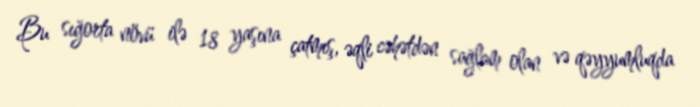
Bu sığorta növü ilə 18 yaşına çatmış, əqli cəhətdən sağlam olan və qəyyumluqda